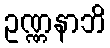
ဥဏ္ဏနာဘိ